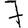
Digit: 7